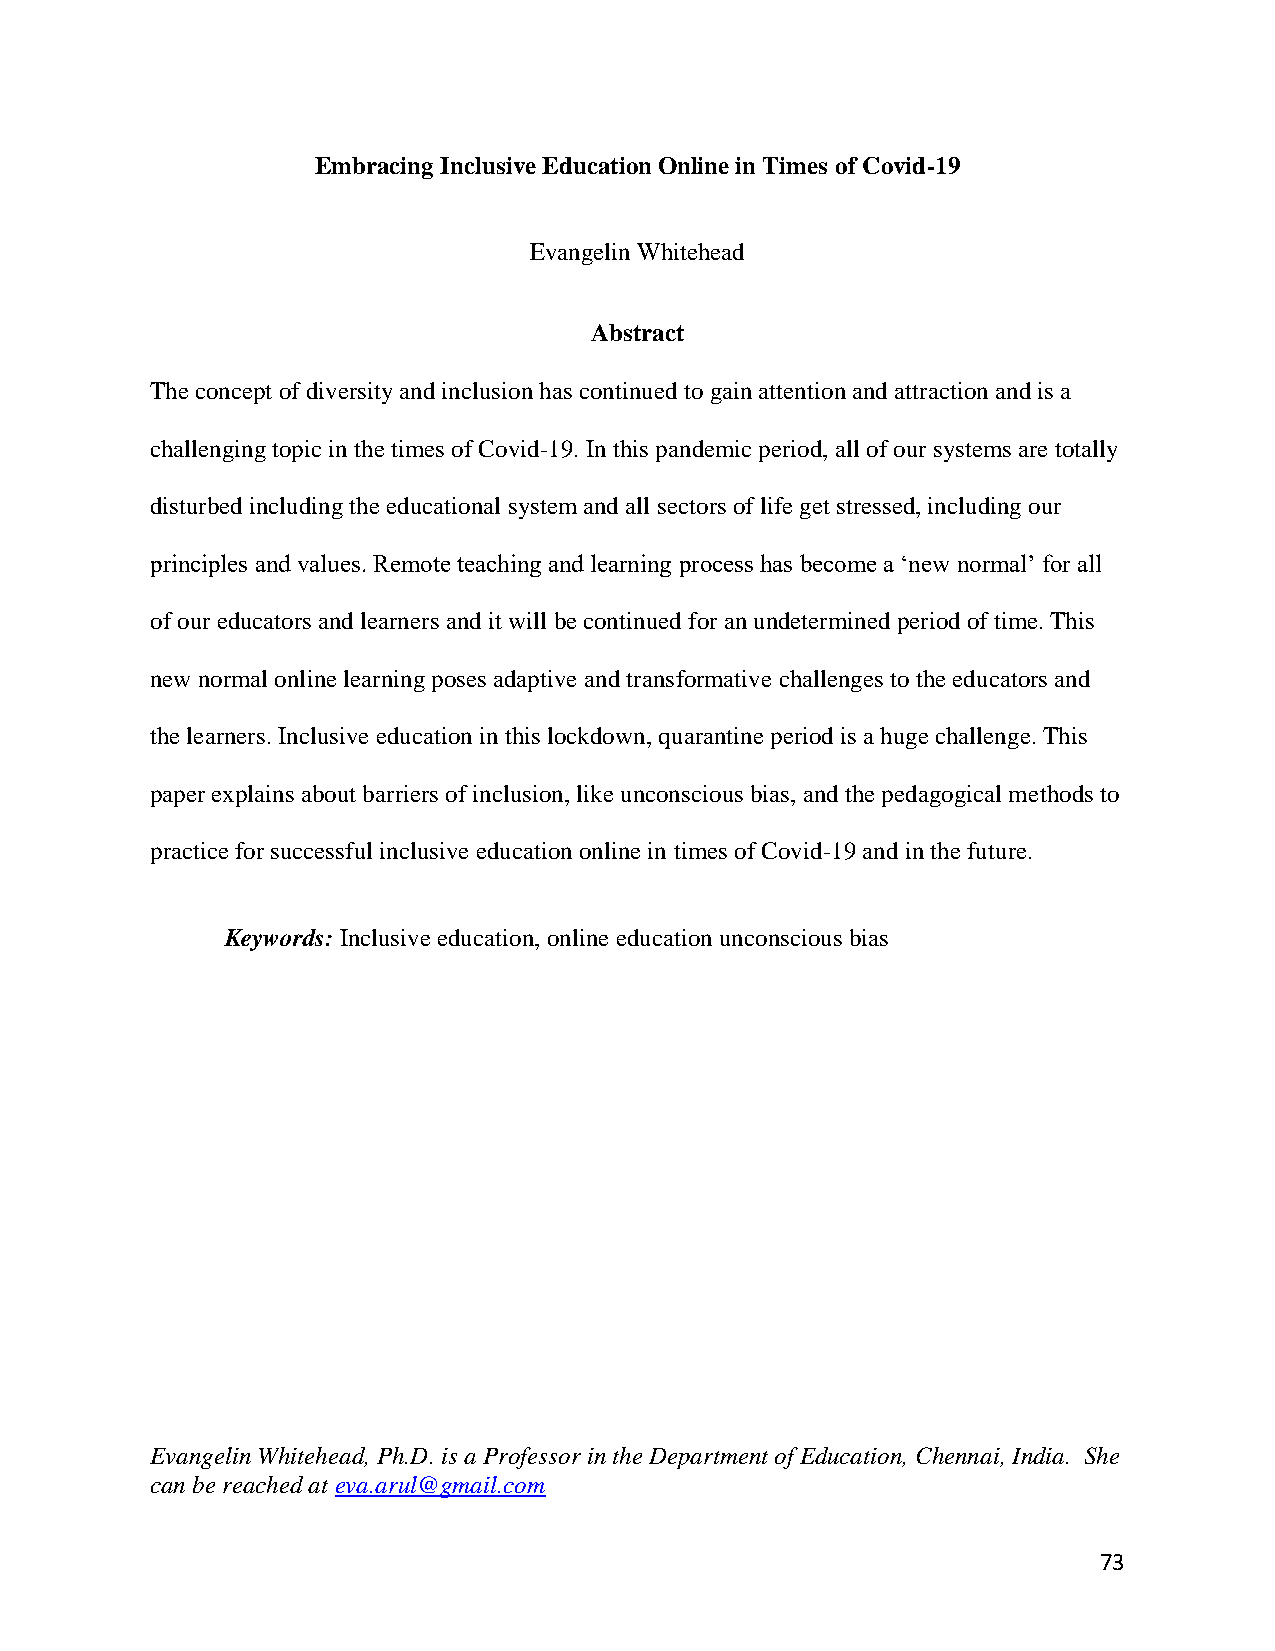
Embracing Inclusive Education Online in Times of Covid-19
 Evangelin Whitehead
 Abstract
 The concept of diversity and inclusion has continued to gain attention and attraction and is a
 challenging topic in the times of Covid-19. In this pandemic period, all of our systems are totally
 disturbed including the educational system and all sectors of life get stressed, including our
 principles and values. Remote teaching and learning process has become a ‘new normal’ for all
 of our educators and learners and it will be continued for an undetermined period of time. This
 new normal online learning poses adaptive and transformative challenges to the educators and
 the learners. Inclusive education in this lockdown, quarantine period is a huge challenge. This
 paper explains about barriers of inclusion, like unconscious bias, and the pedagogical methods to
 practice for successful inclusive education online in times of Covid-19 and in the future.
 Keywords: Inclusive education, online education unconscious bias
 Evangelin Whitehead, Ph.D. is a Professor in the Department of Education, Chennai, India. She
 can be reached at eva.arul@gmail.com
 73